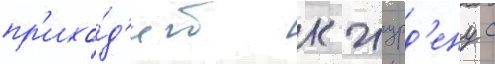
пр'ихо́д'ит к журд'ену с